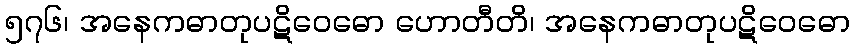
၅၇၆၊ အနေကဓာတုပဋိဝေဓော ဟောတီတိ၊ အနေကဓာတုပဋိဝေဓော